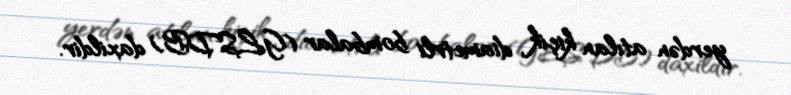
yerdən atılan kiçik diametrli bombalar (GLSDB) daxildir.